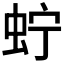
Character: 𧉞